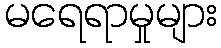
မရေရာမှုများ